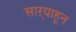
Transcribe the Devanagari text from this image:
साऱ्याहून